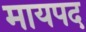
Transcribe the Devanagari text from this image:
मायपद